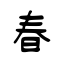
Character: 春